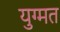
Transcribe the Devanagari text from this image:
युग्मत